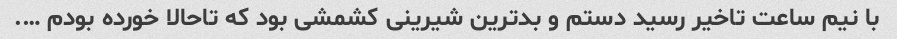
با نیم ساعت تاخیر رسید دستم و بدترین شیرینی کشمشی بود که تاحالا خورده بودم ….